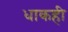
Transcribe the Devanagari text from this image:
धाकही